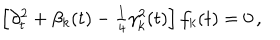
\left[ \partial _ { t } ^ { 2 } + \beta _ { k } ( t ) - \textstyle { \frac { 1 } { 4 } } \gamma _ { k } ^ { 2 } ( t ) \right] f _ { k } ( t ) = 0 \, ,